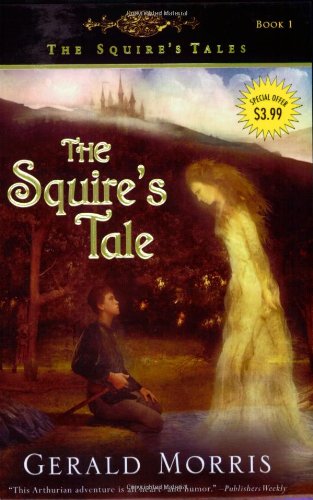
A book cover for The Squire's Tale (The Squire's Tales); Gerald Morris; Children's Books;